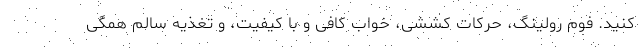
کنید. فوم رولینگ، حرکات کششی، خواب کافی و با کیفیت، و تغذیه سالم همگی